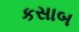
કસાબ